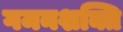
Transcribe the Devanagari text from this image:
गमनशक्ति